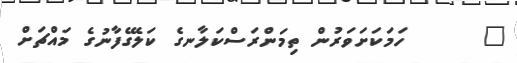
٥      ހަމަކަށަވަރުން ތިމަންރަސްކަލާނގެ ކަލޭގެފާނުގެ މައްޗަށް